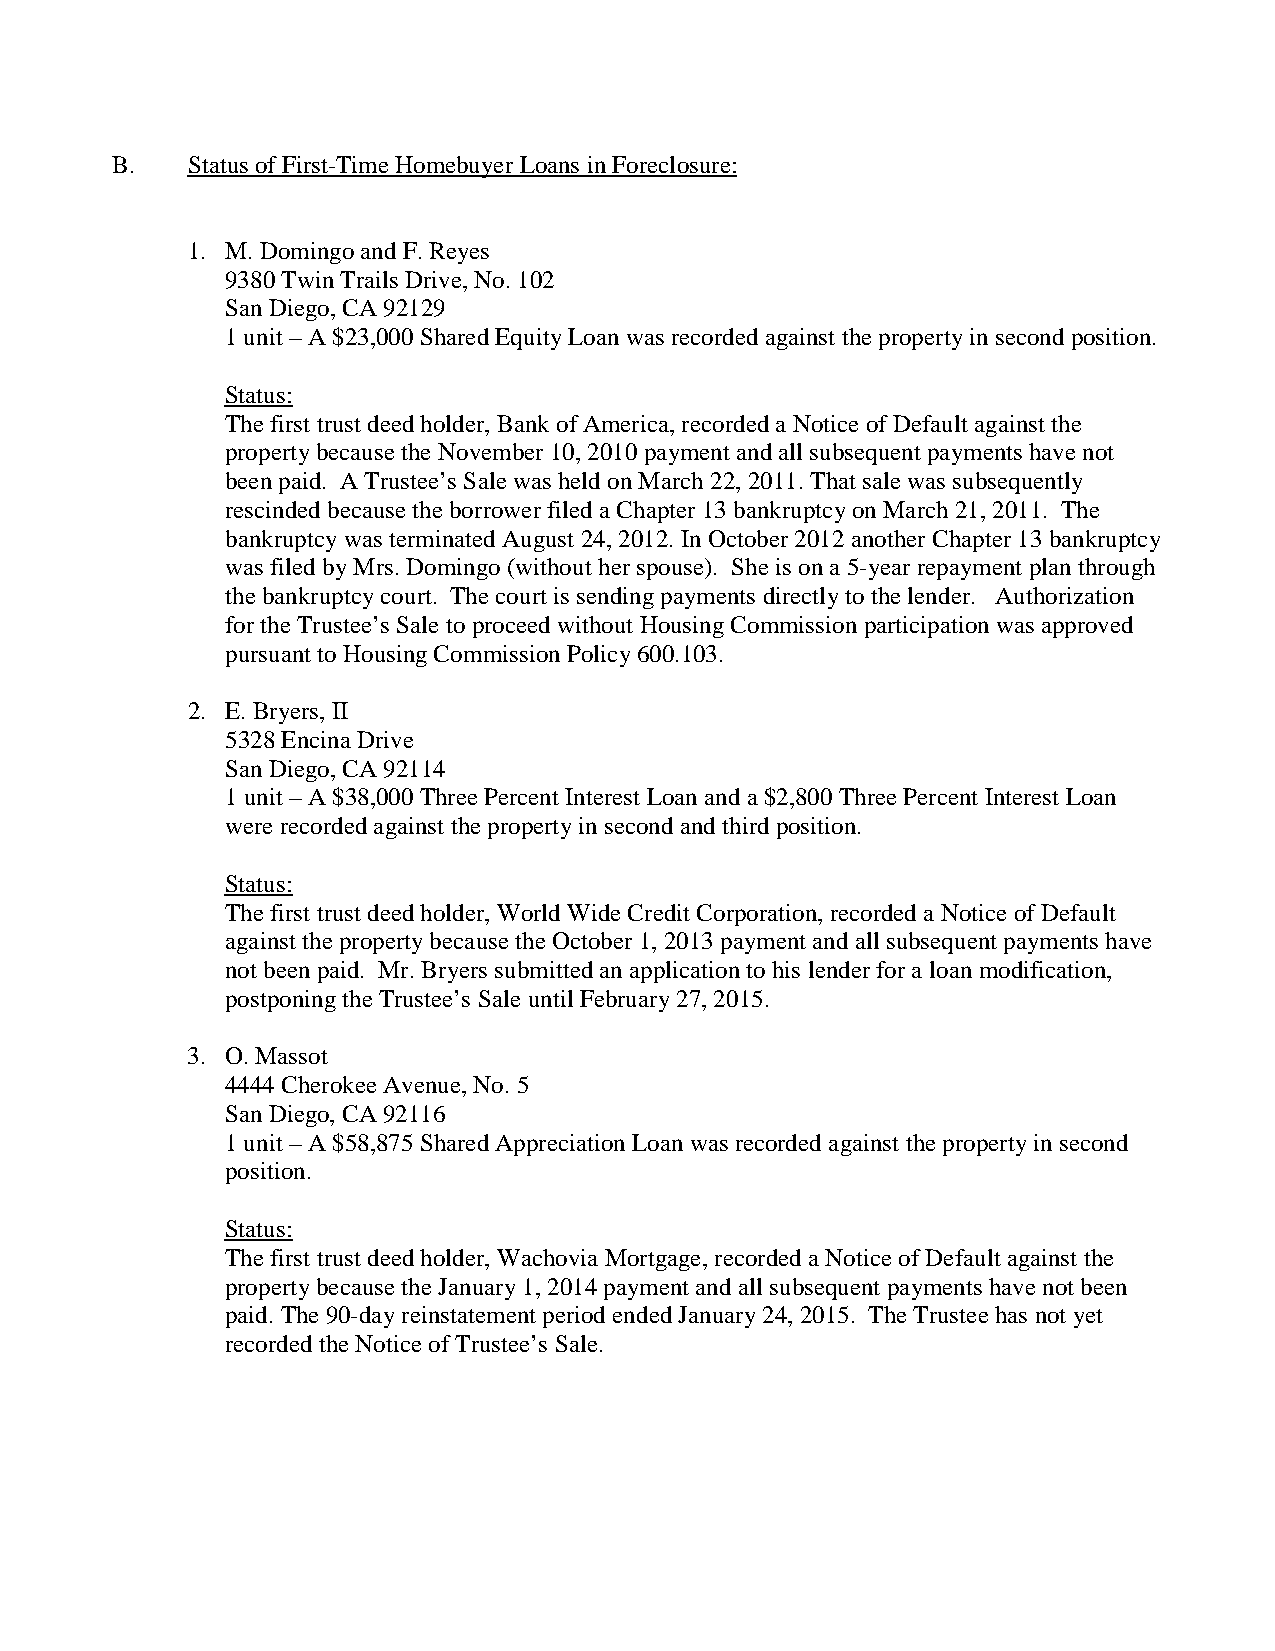
B.   Status of First-Time Homebuyer Loans in Foreclosure:
 1. M. Domingo and F. Reyes
 9380 Twin Trails Drive, No. 102
 San Diego, CA 92129
 1 unit – A $23,000 Shared Equity Loan was recorded against the property in second position.
 Status:
 The first trust deed holder, Bank of America, recorded a Notice of Default against the
 property because the November 10, 2010 payment and all subsequent payments have not
 been paid. A Trustee’s Sale was held on March 22, 2011. That sale was subsequently
 rescinded because the borrower filed a Chapter 13 bankruptcy on March 21, 2011. The
 bankruptcy was terminated August 24, 2012. In October 2012 another Chapter 13 bankruptcy
 was filed by Mrs. Domingo (without her spouse). She is on a 5-year repayment plan through
 the bankruptcy court. The court is sending payments directly to the lender. Authorization
 for the Trustee’s Sale to proceed without Housing Commission participation was approved
 pursuant to Housing Commission Policy 600.103.
 2. E. Bryers, II
 5328 Encina Drive
 San Diego, CA 92114
 1 unit – A $38,000 Three Percent Interest Loan and a $2,800 Three Percent Interest Loan
 were recorded against the property in second and third position.
 Status:
 The first trust deed holder, World Wide Credit Corporation, recorded a Notice of Default
 against the property because the October 1, 2013 payment and all subsequent payments have
 not been paid. Mr. Bryers submitted an application to his lender for a loan modification,
 postponing the Trustee’s Sale until February 27, 2015.
 3. O. Massot
 4444 Cherokee Avenue, No. 5
 San Diego, CA 92116
 1 unit – A $58,875 Shared Appreciation Loan was recorded against the property in second
 position.
 Status:
 The first trust deed holder, Wachovia Mortgage, recorded a Notice of Default against the
 property because the January 1, 2014 payment and all subsequent payments have not been
 paid. The 90-day reinstatement period ended January 24, 2015. The Trustee has not yet
 recorded the Notice of Trustee’s Sale.